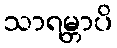
သာရမ္ဘာပိ